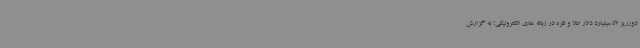
دورریز 57 میلیارد دلار طلا و نقره در زباله های الکترونیکی! به گزارش